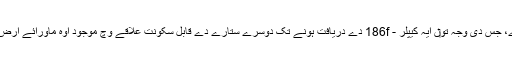
کیپلر-62F زمین دے مقابلے وچ صرف 40 فیصد زیادہ وڈا اے، جس دی وجہ تو‏ں ایہ کیپلر - 186f دے دریافت ہونے تک دوسرے ستارے دے قابل سکونت علاقے وچ موجود اوہ ماورائے ارض سیارہ سی جو ساڈے اپنے سیارے دے حجم دے قریب تر سی ۔